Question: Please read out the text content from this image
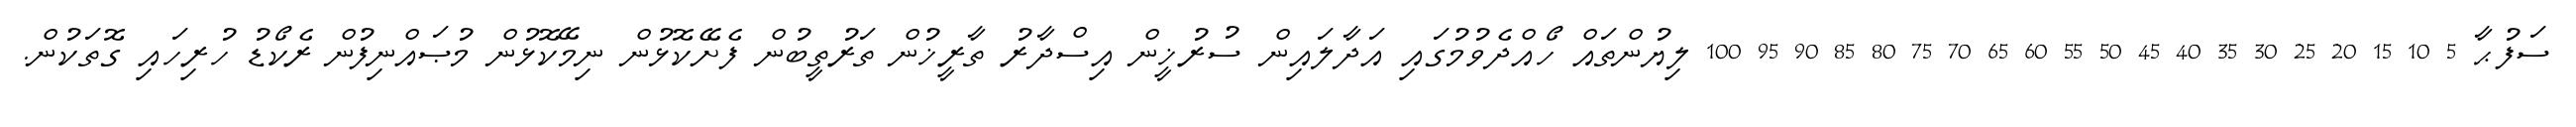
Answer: ސަފުޙާ 5 10 15 20 25 30 35 40 45 50 55 60 65 70 75 80 85 90 95 100 ލިޔުންތައް ހޯއްދެވުމުގައި އަދާލައިން ސުރުޚީން އިސްދާރު ތާރީޚުން ތަރުތީބުން ފެށޭކޮޅުން ނިމޭކޮޅުން މުޞައްނިފުން ރެކޯޑު ހުރިހައި ގޮތަކުން.